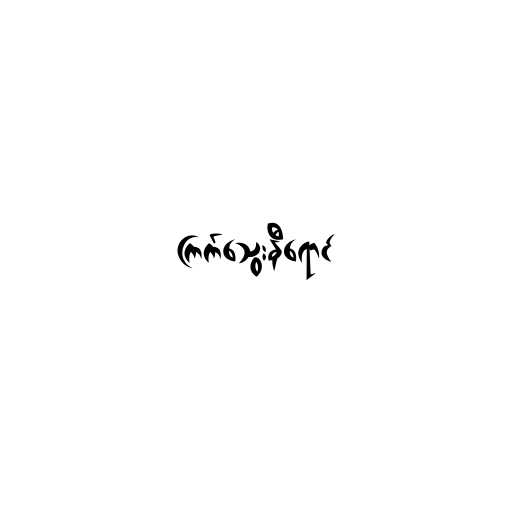
ကြက်သွေးနီရောင်